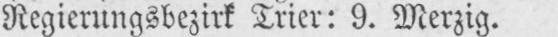
Regierungsbezirk Trier: 9. Merzig.